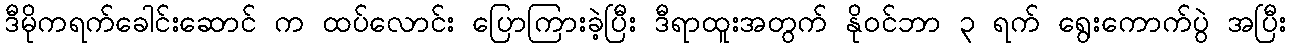
ဒီမိုကရက်ခေါင်းဆောင် က ထပ်လောင်း ပြောကြားခဲ့ပြီး ဒီရာထူးအတွက် နိုဝင်ဘာ ၃ ရက် ရွေးကောက်ပွဲ အပြီး